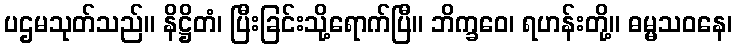
ပဌမသုတ်သည်။ နိဋ္ဌိတံ၊ ပြီးခြင်းသို့ရောက်ပြီ။ ဘိက္ခဝေ၊ ရဟန်းတို့။ ဓမ္မသဝနေ၊